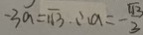
- 3 a = \sqrt { 1 3 } . \therefore a = - \frac { \sqrt { 1 3 } } { 3 }